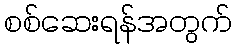
စစ်ဆေးရန်အတွက်